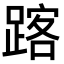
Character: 𨂥